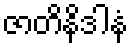
ဇာတိနိဒါနံ